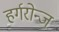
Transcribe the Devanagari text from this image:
हर्गरोन्ज